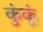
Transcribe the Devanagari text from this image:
कुंकूं